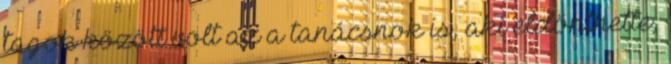
tagok között volt az a tanácsnok is, aki eldönthette,